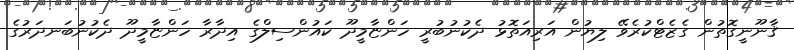
ޤާނޫނީގޮތުން ގެޒެޓްކުރެވޭ ލިޔުން އަރިއަތޮޅު ދެކުނުބުރީ ހަންޏާމީދޫ ކައުންސިލްގެ އިދާރާ ހަންޏާމީދޫ ދެކުނުބަނދަރުގެ